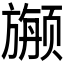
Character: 𱂷